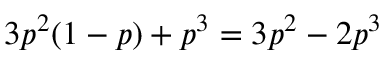
3 p ^ { 2 } ( 1 - p ) + p ^ { 3 } = 3 p ^ { 2 } - 2 p ^ { 3 }